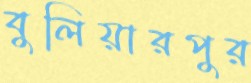
বুলিয়ারপুর